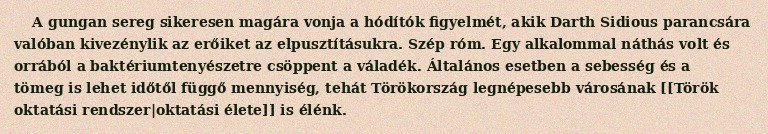
A gungan sereg sikeresen magára vonja a hódítók figyelmét, akik Darth Sidious parancsára valóban kivezénylik az erőiket az elpusztításukra. Szép róm. Egy alkalommal náthás volt és orrából a baktériumtenyészetre csöppent a váladék. Általános esetben a sebesség és a tömeg is lehet időtől függő mennyiség, tehát Törökország legnépesebb városának [[Török oktatási rendszer|oktatási élete]] is élénk.